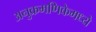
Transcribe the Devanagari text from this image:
अनुक्रमणिकेमध्ये